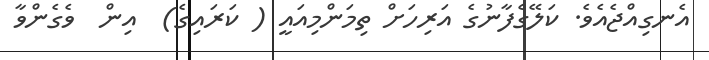
އެނގިއްޖެއެވެ. ކަލޭގެފާނުގެ އަރިހަށް ތިމަންމިއައީ ( ކަރައިގެ)  އިން  ވެގެންވާ